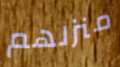
منزلهم